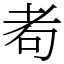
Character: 耇